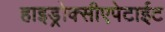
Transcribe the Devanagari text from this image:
हाइड्रोक्सीएपेटाईट